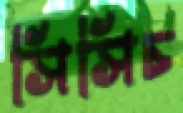
সিসিচ